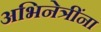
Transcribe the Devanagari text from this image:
अभिनेत्रींना